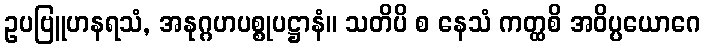
ဥပဗြူဟနရသံ, အနုဂ္ဂဟပစ္စုပဋ္ဌာနံ။ သတိပိ စ နေသံ ကတ္ထစိ အဝိပ္ပယောဂေ